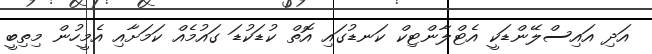
އަދި އައިސްލޭންޑަކީ އެޓްލާންޓިކް ކަނޑުގައި އޮތް ކުޑަކުޑަ ގައުމެއް ކަމަށާއި އެމީހުން މިތިބީ